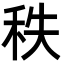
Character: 秩